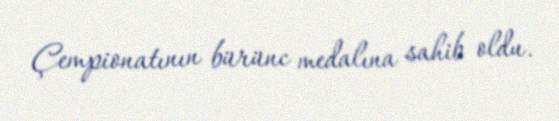
Çempionatının bürünc medalına sahib oldu.